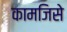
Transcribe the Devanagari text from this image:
कामजिसे